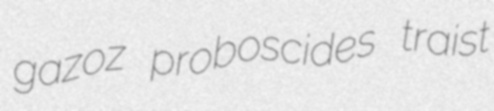
gazoz proboscides traist